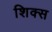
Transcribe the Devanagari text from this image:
शिक्स